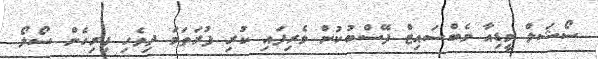
ސޯޝަލް މީޑިއާ ވެބްސައިޓް ފޭސްބުކުން ވެރިފައި ކުރި ފުރަތަމަ ދިވެހި ފިރިހެން ސޯލޯ